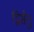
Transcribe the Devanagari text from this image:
द्विसेतु